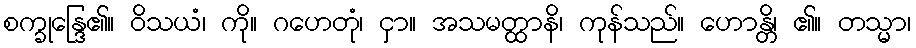
စက္ခုန္ဒြေ၏။ ဝိသယံ၊ ကို။ ဂဟေတုံ၊ ငှာ။ အသမတ္ထာနိ၊ ကုန်သည်။ ဟောန္တိ၊ ၏။ တသ္မာ၊